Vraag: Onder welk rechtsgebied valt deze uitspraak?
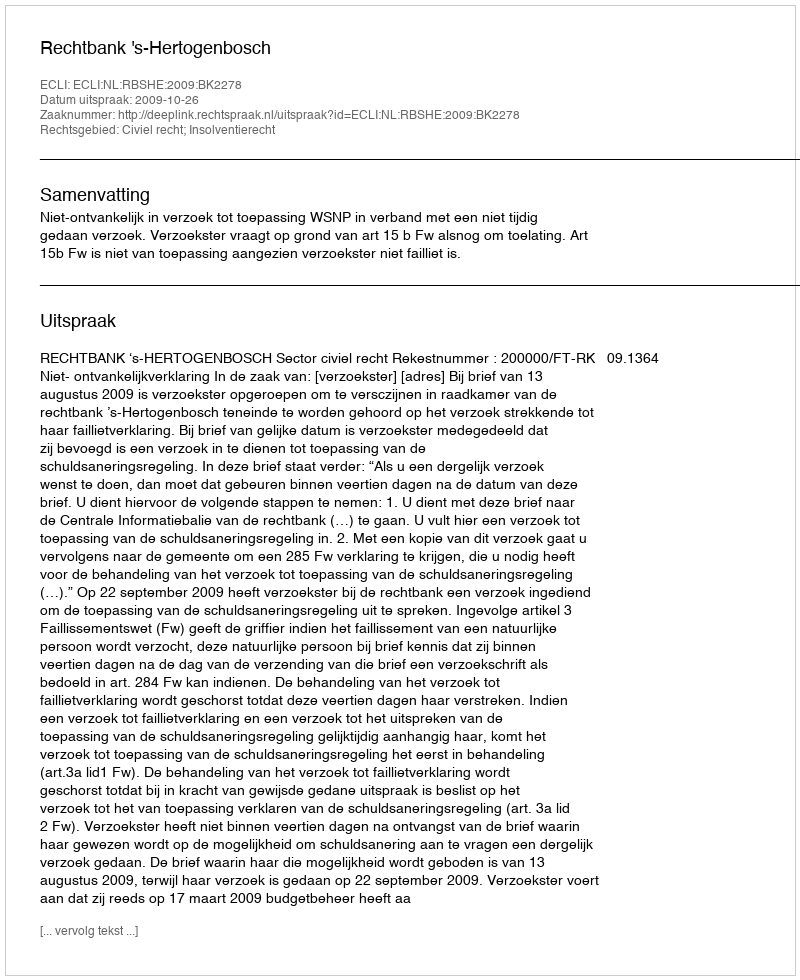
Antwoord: Civiel recht; Insolventierecht